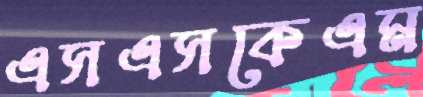
এসএসকেএম